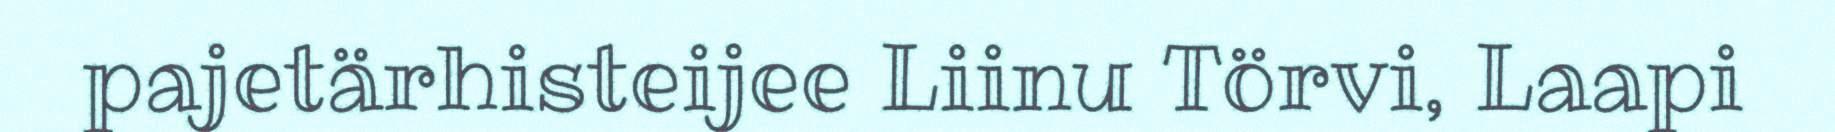
pajetärhisteijee Liinu Törvi, Laapi